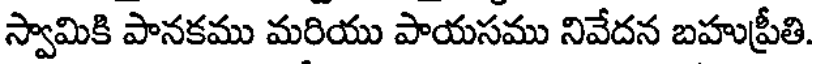
స్వామికి పానకము మరియు పాయసము నివేదన బహుప్రీతి.